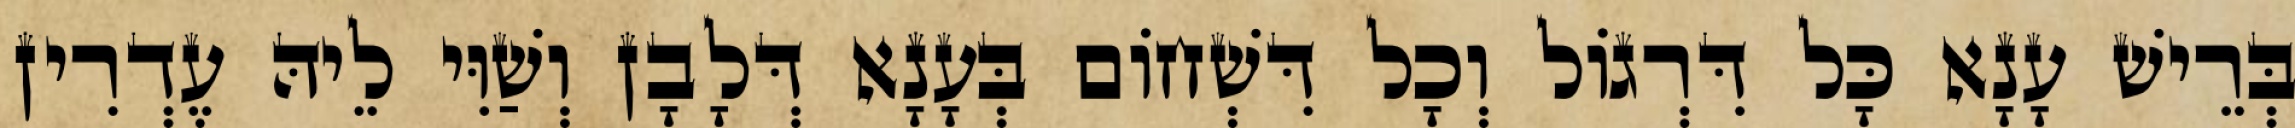
בְּרֵישׁ עָנָא כָּל דִּרְגוֹל וְכָל דִּשְׁחוֹם בְּעָנָא דְּלָבָן וְשַׁוִּי לֵיהּ עֶדְרִין